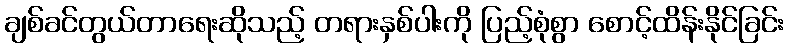
ချစ်ခင်တွယ်တာရေးဆိုသည့် တရားနှစ်ပါးကို ပြည့်စုံစွာ စောင့်ထိန်းနိုင်ခြင်း